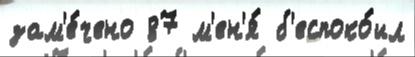
зам'е́чено 87 м'ен'я́ б'еспоко́ил